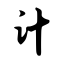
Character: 计